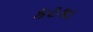
કટકા